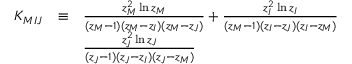
\begin{array} { c c l } { { \cal K \mit _ { M I J } } } & { { \equiv } } & { { \frac { z _ { M } ^ { 2 } \ln z _ { M } } { ( z _ { M } - 1 ) ( z _ { M } - z _ { I } ) ( z _ { M } - z _ { J } ) } + \frac { z _ { I } ^ { 2 } \ln z _ { I } } { ( z _ { M } - 1 ) ( z _ { I } - z _ { J } ) ( z _ { I } - z _ { M } ) } } } \\ { { } } & { { } } & { { \frac { z _ { J } ^ { 2 } \ln z _ { J } } { ( z _ { J } - 1 ) ( z _ { J } - z _ { I } ) ( z _ { J } - z _ { M } ) } } } \end{array}